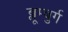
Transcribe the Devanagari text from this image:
ब्लूम्बुर्ग